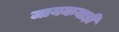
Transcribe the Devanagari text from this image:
जायकवाड़ी